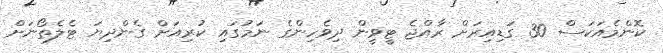
ކޮންމެއަކަސް 30 ގަޑިއިރަށް ރާއްޖެ ޓީވީން ދިވެހިންގެ ނަމުގައި ކުރިއަށް ގެންދިޔަ ޓެލެތޯނަށް